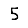
Digit: 5